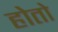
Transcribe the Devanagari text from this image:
होताे